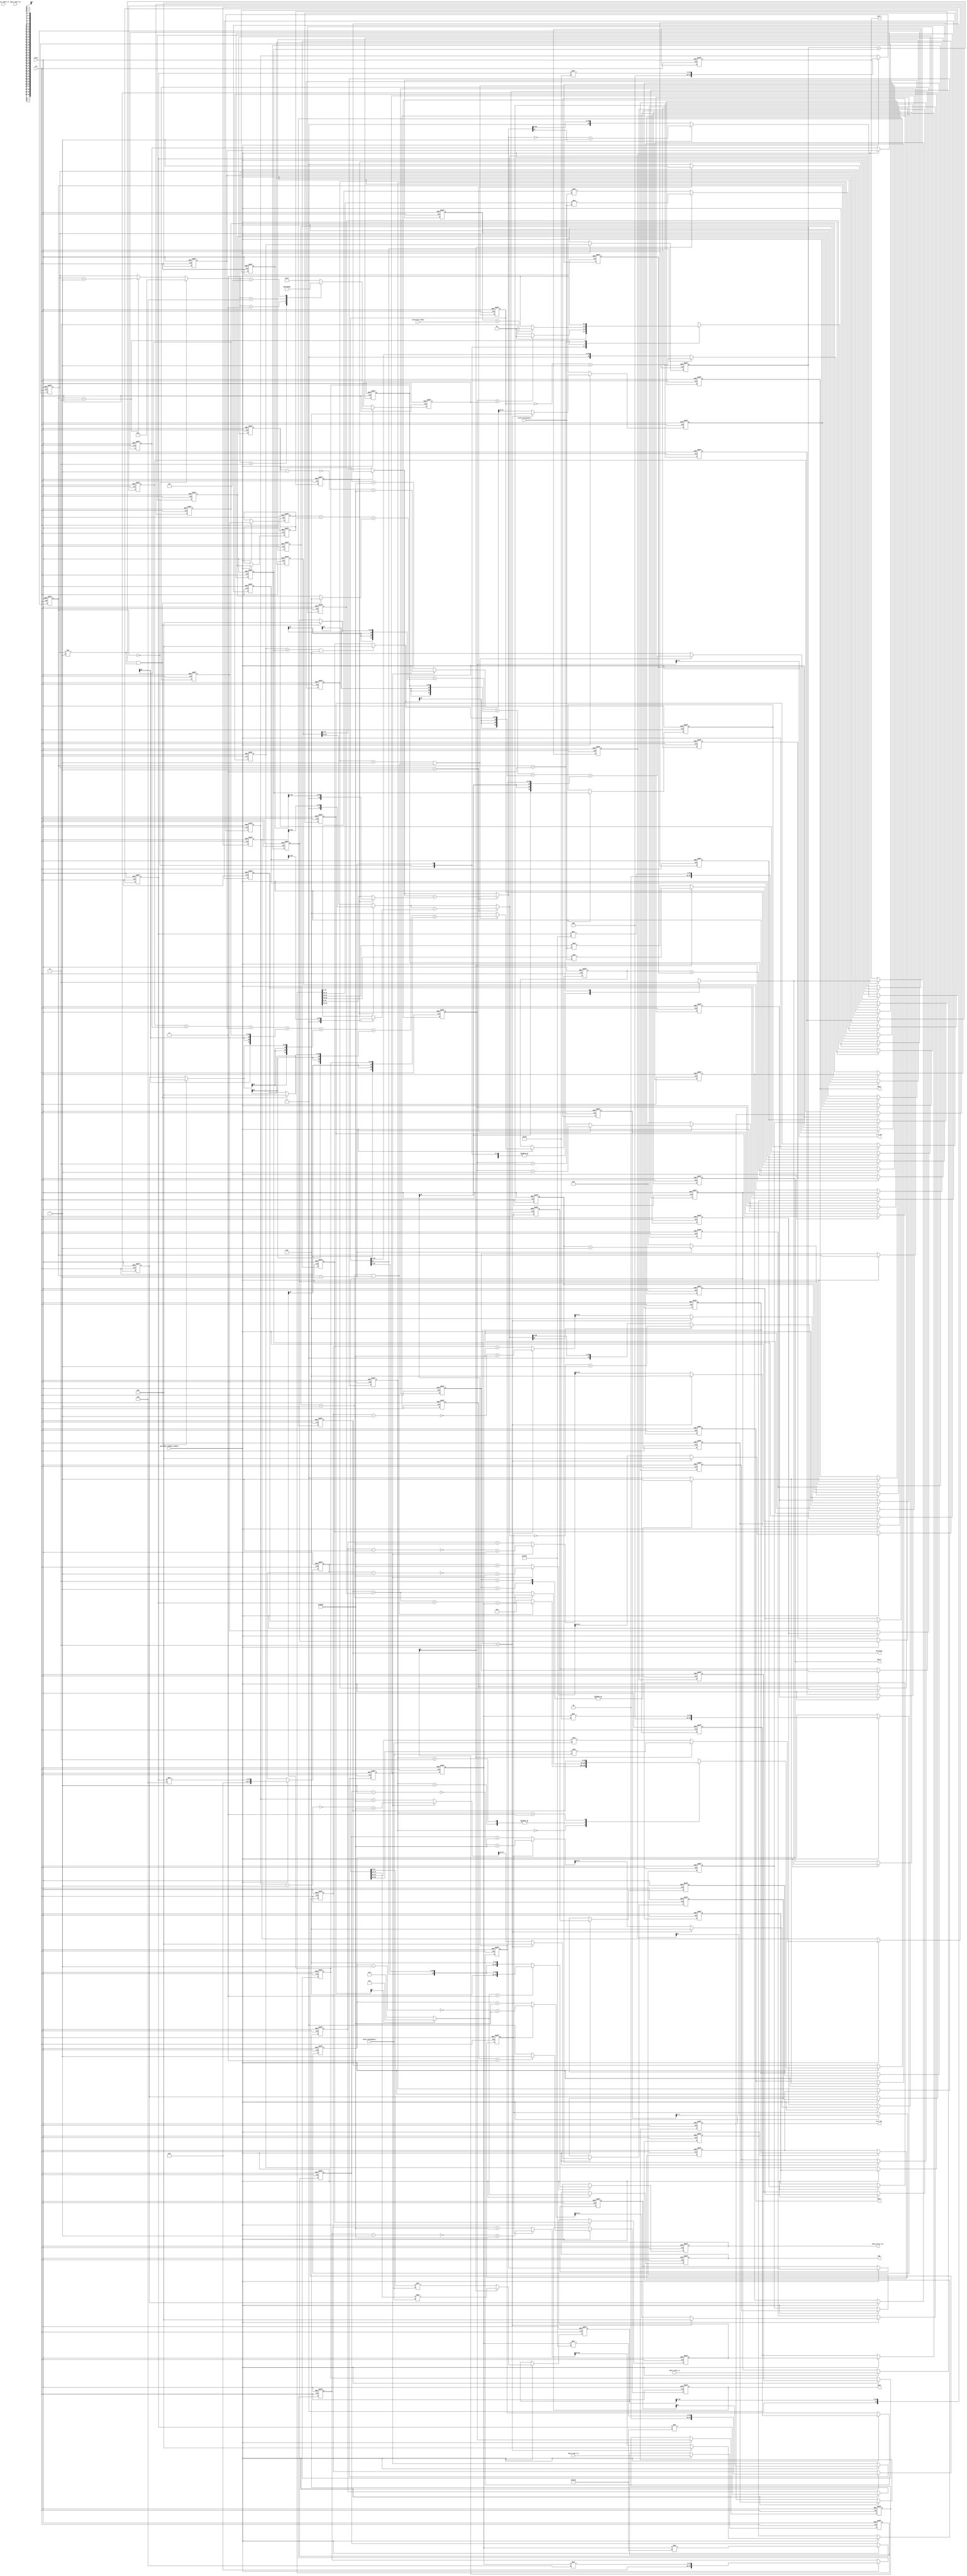
module distance_compute(clk, reset, 
                        data_read_C_A, data_read_C_B, //read candidate in
                        data_write_C_B, //write for next iteration
                        A_C_out, B_C_out, //Address out  A:read B:write for next iteration
                        CSA_C, CSB_C, 
                        data_read_T_A, data_read_T_B, //read target histogram
                        CSA_T, CSB_T, 
                        distance, distance_compute_enable, 
                        iteration_times, //iteration in
                        total_histogram_C, //sum of histogram in
                        total_histogram_T, //sum of target in
                        done, MUX
                        );
   input             clk, reset;
   input             distance_compute_enable;
   input    [2:0]    iteration_times;
   input    [63:0]   data_read_C_A, data_read_C_B;
   //input    [255:0]  flag;
   output   [3:0]    MUX;
   
   
   
   input    [63:0]   data_read_T_A, data_read_T_B;
   //input    [2:0]    size_C;//8 kinds of size: 64, 128, 256, 512, 1024, 2048, 4096, 8192
   //input    [2:0]    size_T;//8 kinds of size: 64, 128, 256, 512, 1024, 2048, 4096, 8192
   input    [19:0]   total_histogram_C, total_histogram_T;
   output   [63:0]   data_write_C_B;
   
   output   [5:0]    A_C_out, B_C_out;
   //output   [7:0]    A_T_out, B_T_out;
   output            CSA_C, CSB_C;
   output            CSA_T, CSB_T;
   
   output   [63:0]   distance;
   output            done;
   
   reg               CSA_C_w, CSA_T_w, CSB_T_w, CSB_C_w;
   reg               CSA_C_r, CSA_T_r, CSB_T_r, CSB_C_r;
   reg               done_r;
   
   wire              done_w;
   wire     [3:0]    MUX_w;
   reg      [3:0]    MUX_r;
   
   wire     [63:0]   data_write_C_B_w;
   reg      [63:0]   data_write_C_B_r;
   
   reg      [1:0]    state_r, state_w;
   reg      [1:0]    state_d_r, state_d_d_r, state_d_d_d_r, state_d_d_d_d_r, state_d_d_d_d_d_r;
   reg      [1:0]    state_d_d_d_d_d_d_r, state_d_d_d_d_d_d_d_r, state_d_d_d_d_d_d_d_d_r;
   
   reg      [6:0]    A_out_C_r;
   reg      [6:0]    A_out_C_d_r;
   wire     [6:0]    A_out_C_w;
   
   reg      [6:0]    B_out_C_r;
   wire     [6:0]    B_out_C_w;
   reg      [6:0]    B_out_C_d_r;
   reg      [6:0]    B_out_C_d_d_r;
   reg      [6:0]    B_out_C_d_d_d_r;
   reg      [6:0]    B_out_C_d_d_d_d_r;
   reg      [6:0]    B_out_C_d_d_d_d_d_r;
   reg      [6:0]    B_out_C_d_d_d_d_d_d_r;
   reg      [6:0]    B_out_C_d_d_d_d_d_d_d_r;
   reg      [6:0]    B_out_C_d_d_d_d_d_d_d_d_r;
   reg      [6:0]    B_out_C_d_d_d_d_d_d_d_d_d_r;
   reg      [6:0]    B_out_C_d_d_d_d_d_d_d_d_d_d_r;
   
   reg      [7:0]    A_out_T_r;
   wire     [7:0]    A_out_T_w;
   
   reg      [5:0]    B_out_T_r;
   wire     [5:0]    B_out_T_w;
   
   reg      [6:0]    index_w;
   reg      [6:0]    index_r;
   reg      [2:0]    iter_count_r;
   reg      [2:0]    iter_count_d_r;
   reg      [2:0]    iter_count_d_d_r;
   wire     [2:0]    iter_count_w;
   
   wire     [31:0]   normalize_C_E_w;
   wire     [31:0]   normalize_T_E_w;
   
   
   wire     [35:0]   temp_normalize_C_E_w;
   wire     [35:0]   temp_normalize_T_E_w;
   
   reg      [35:0]   temp_normalize_C_E_r;
   reg      [35:0]   temp_normalize_T_E_r;
   
   
   //wire     [2:0]    size_C_w, size_T_w;
   //reg      [2:0]    size_C_r, size_T_r;
   reg      [31:0]   exe_A2_r, exe_A1_r;
   reg      [28:0]   exe_A3_r, exe_A4_r;
   reg      [28:0]   exe_G3_r, exe_G4_r;//, exe_G1_r, exe_G2_r;
   reg      [31:0]   exe_H2_r;
   reg      [28:0]   exe_H4_r, exe_H3_r;//, exe_H1_r;
   reg      [31:0]   exe_E2_r, exe_E1_r;
   reg      [28:0]   exe_E3_r, exe_E4_r;
   reg      [31:0]   exe_F2_r, exe_F1_r;
   reg      [28:0]   exe_F3_r, exe_F4_r;
   reg      [28:0]   exe_I4_r;//, exe_I1_r, exe_I3_r, exe_I2_r;
   
   wire     [31:0]   exe_C1_w, exe_C2_w;
   wire     [28:0]   exe_C3_w, exe_C4_w;
   reg      [31:0]   exe_C1_r, exe_C2_r;
   reg      [28:0]   exe_C3_r, exe_C4_r;
   
   reg      [47:0]   temp_exe_C1_w, temp_exe_C2_w;
   reg      [44:0]   temp_exe_C3_w, temp_exe_C4_w;
   reg      [47:0]   temp_exe_C1_r, temp_exe_C2_r;
   reg      [44:0]   temp_exe_C3_r, temp_exe_C4_r;
   wire     [47:0]   temp_temp_exe_C1_w, temp_temp_exe_C2_w;
   wire     [44:0]   temp_temp_exe_C3_w, temp_temp_exe_C4_w;
   
   wire     [31:0]   difference_of_nC_nT_E;
   reg      [31:0]   difference_of_nC_nT_E_r;
   reg               Sign_difference_of_nC_nT_E_d_r;
   wire     [31:0]   abs_difference_of_nC_nT_E;
   reg      [31:0]   abs_difference_of_nC_nT_E_r;
   wire              normalize;
   reg               normalize_r, normalize_d_r;
   wire     [31:0]   add_A1_B2_D2_w;
   reg      [31:0]   add_A1_B2_D2_r;
   wire     [31:0]   down_sample_w;
   reg      [31:0]   down_sample_r;
   wire     [31:0]   abs_add_down_sample_w;
   reg      [31:0]   abs_add_down_sample_r;
   
   reg      [31:0]   add_A1_B2_D2_d_r;
   reg      [31:0]   add_A2_C2_D1_d_r;                                        
   //wire     [63:0]   abs_B2_w;
   
   wire     [31:0]   normalize_C_O_w;
   wire     [31:0]   normalize_T_O_w;
   wire     [35:0]   temp_normalize_C_O_w;
   wire     [35:0]   temp_normalize_T_O_w;
   reg      [35:0]   temp_normalize_C_O_r;
   reg      [35:0]   temp_normalize_T_O_r;
   
   
   reg      [31:0]   exe_B1_r, exe_B2_r;
   reg      [28:0]   exe_B3_r, exe_B4_r;
   wire     [31:0]   exe_D1_w, exe_D2_w;
   wire     [28:0]   exe_D3_w, exe_D4_w;
   reg      [31:0]   exe_D1_r, exe_D2_r;
   reg      [28:0]   exe_D3_r, exe_D4_r;
   reg      [47:0]   temp_exe_D1_w, temp_exe_D2_w;
   reg      [44:0]   temp_exe_D3_w, temp_exe_D4_w;
   reg      [47:0]   temp_exe_D1_r, temp_exe_D2_r;
   reg      [44:0]   temp_exe_D3_r, temp_exe_D4_r;
   wire     [47:0]   temp_temp_exe_D1_w, temp_temp_exe_D2_w;
   wire     [44:0]   temp_temp_exe_D3_w, temp_temp_exe_D4_w;
   
   wire     [31:0]   t_exe_A2_w, t_exe_H2_w, t_exe_E2_w, t_exe_F2_w, t_exe_F1_w, t_exe_E1_w;
   wire     [28:0]   t_exe_H3_w, t_exe_G3_w, t_exe_B3_w, t_exe_C4_w, t_exe_A3_w, t_exe_B4_w, t_exe_G4_w;
   
   wire     [31:0]   difference_of_nC_nT_O;
   reg      [31:0]   difference_of_nC_nT_O_r;
   reg               Sign_difference_of_nC_nT_O_d_r;
   wire     [31:0]   abs_difference_of_nC_nT_O;
   reg      [31:0]   abs_difference_of_nC_nT_O_r;
   wire     [31:0]   add_A2_C2_D1_w;
   reg      [31:0]   add_A2_C2_D1_r;
   wire     [31:0]   data_out_temp_w;
   wire              normalize_w;
   wire     [3:0]    temp_MUX;
   
   reg      [63:0]   data_read_C_A_r, data_read_T_A_r;
   reg      [63:0]   data_read_C_A_d_r;
   
   //reg      [63:0]   add_A2_B1_C2_r;
   
   
   //wire     [63:0]   abs_B2_w;
   
   reg      [63:0]   distance_r;
   reg      [63:0]   distance_w;
   
   //assign WEAN_T = 1'b1;
   //assign WEAN_C = 1'b1;
   //assign WEBN_T = 1'b1;
   //assign WEBN_C = 1'b0;  
   //assign OEA_C = 1'b1;
   //assign OEA_T = 1'b1;
   //assign OEB_C = 1'b0;
   //assign OEB_T = 1'b0;
   assign CSA_C = CSA_C_r;
   assign CSA_T = CSA_T_r;
   assign CSB_T = CSB_T_r;
   assign CSB_C = CSB_C_r;
   
   assign temp_MUX = (B_out_C_d_d_d_d_d_d_d_d_d_r[0] == 1'b0) ? 4'b0011 : 4'b1100;
   assign MUX_w = temp_MUX;
   assign MUX = MUX_r;

//normalize   
   assign normalize_C_E_w = (normalize == 1'b1)? ({1'b0,temp_normalize_C_E_r[35:5]}) : data_read_C_A_d_r[31:0];                //No negative in first read (without normalize)
   assign normalize_C_O_w = (normalize == 1'b1)? ({1'b0,temp_normalize_C_O_r[35:5]}) : data_read_C_A_d_r[63:32];
   assign normalize_T_E_w = (normalize == 1'b1)? ({1'b0,temp_normalize_T_E_r[35:5]}) : data_read_T_A_r[31:0];
   assign normalize_T_O_w = (normalize == 1'b1)? ({1'b0,temp_normalize_T_O_r[35:5]}) : data_read_T_A_r[63:32];
   assign temp_normalize_C_E_w = (A_out_C_d_r[0] == 1'b0) ? (data_read_C_A_r[15:0] * total_histogram_T ): (data_read_C_A_r[47:32] * total_histogram_T);   //candidate * total target
   assign temp_normalize_C_O_w = (A_out_C_d_r[0] == 1'b0) ? (data_read_C_A_r[31:16] * total_histogram_T) :( data_read_C_A_r[63:48] * total_histogram_T);
   assign temp_normalize_T_E_w = (A_out_C_d_r[0] == 1'b0) ? (data_read_T_A_r[15:0] * total_histogram_C ): (data_read_T_A_r[47:32] * total_histogram_C);   //target * total candidate
   assign temp_normalize_T_O_w = (A_out_C_d_r[0] == 1'b0) ? (data_read_T_A_r[31:16] * total_histogram_C) :( data_read_T_A_r[63:48] * total_histogram_C);
   
   
   assign normalize = normalize_r;
   assign normalize_w = (iter_count_r == 3'd1) ? 1'd1 : 1'd0;
   assign distance = distance_r;
   assign done = done_r;
   assign abs_difference_of_nC_nT_E = (difference_of_nC_nT_E[31] == 1'b0) ? difference_of_nC_nT_E : (~difference_of_nC_nT_E + 32'd1);
   assign difference_of_nC_nT_E = (iter_count_r == 3'd1) ? normalize_C_E_w - normalize_T_E_w : normalize_C_E_w;

//@shift register   
   assign exe_C1_w = (state_d_d_d_d_r == 2'd2)?32'd0:temp_temp_exe_C1_w[47:16];    
   assign exe_C2_w = (state_d_d_d_d_r == 2'd2)?32'd0:temp_temp_exe_C2_w[47:16];    
   assign exe_C3_w = (state_d_d_d_d_r == 2'd2)?29'd0:temp_temp_exe_C3_w[44:16];    
   assign exe_C4_w = (state_d_d_d_d_r == 2'd2)?29'd0:temp_temp_exe_C4_w[44:16];  
   assign temp_temp_exe_C1_w = ((Sign_difference_of_nC_nT_E_d_r == 1'b0) ? temp_exe_C1_r + 48'h8000 : (~(temp_exe_C1_r-48'd1)+48'h8000));// + 16'h8000;
   assign temp_temp_exe_C2_w = ((Sign_difference_of_nC_nT_E_d_r == 1'b0) ? temp_exe_C2_r + 48'h8000 : (~(temp_exe_C2_r-48'd1)+48'h8000));// + 16'h8000;
   assign temp_temp_exe_C3_w = ((Sign_difference_of_nC_nT_E_d_r == 1'b0) ? temp_exe_C3_r + 45'h8000 : (~(temp_exe_C3_r-45'd1)+45'h8000 ));// + 16'h8000;
   assign temp_temp_exe_C4_w = ((Sign_difference_of_nC_nT_E_d_r == 1'b0) ? temp_exe_C4_r + 45'h8000 : (~(temp_exe_C4_r-45'd1)+45'h8000 ));// + 16'h8000;
   
   assign abs_difference_of_nC_nT_O = (difference_of_nC_nT_O[31] == 1'b0) ? difference_of_nC_nT_O : (~difference_of_nC_nT_O + 32'd1);
   assign difference_of_nC_nT_O = (iter_count_r == 3'd1) ? normalize_C_O_w - normalize_T_O_w : normalize_C_O_w;
   assign exe_D1_w = (state_d_d_d_d_r == 2'd2)?32'd0:temp_temp_exe_D1_w[47:16];    
   assign exe_D2_w = (state_d_d_d_d_r == 2'd2)?32'd0:temp_temp_exe_D2_w[47:16];    
   assign exe_D3_w = (state_d_d_d_d_r == 2'd2)?29'd0:temp_temp_exe_D3_w[44:16];    
   assign exe_D4_w = (state_d_d_d_d_r == 2'd2)?29'd0:temp_temp_exe_D4_w[44:16];    
   assign temp_temp_exe_D1_w = ((Sign_difference_of_nC_nT_O_d_r == 1'b0) ? temp_exe_D1_r  + 48'h8000: (~(temp_exe_D1_r-48'd1)+48'h8000));// + 16'h8000;
   assign temp_temp_exe_D2_w = ((Sign_difference_of_nC_nT_O_d_r == 1'b0) ? temp_exe_D2_r  + 48'h8000: (~(temp_exe_D2_r-48'd1)+48'h8000));// + 16'h8000;
   assign temp_temp_exe_D3_w = ((Sign_difference_of_nC_nT_O_d_r == 1'b0) ? temp_exe_D3_r  + 45'h8000:(~(temp_exe_D3_r-45'd1)+45'h8000 ));// + 16'h8000;
   assign temp_temp_exe_D4_w = ((Sign_difference_of_nC_nT_O_d_r == 1'b0) ? temp_exe_D4_r  + 45'h8000:(~(temp_exe_D4_r-45'd1)+45'h8000 ));// + 16'h8000;
   
   assign A_out_C_w = (state_r == 2'b1) ? (iter_count_r == 3'd1 ? (A_out_C_r + 7'd1) : (A_out_C_r + 7'd2)) : 7'd0;    
   assign B_out_C_w = (state_r == 2'b1) ? (B_out_C_r + 7'd1) : 7'd0;    
       
   assign A_C_out = A_out_C_r[6:1];
   assign B_C_out = B_out_C_d_d_d_d_d_d_d_d_d_d_r[6:1];//delay register
           
   //assign size_C_w = (state_r == 2'b0) ? size_C : ((state_r == 2'd2) ? 3'd0 : size_C_r);
   //assign size_T_w = (state_r == 2'b0) ? size_T : ((state_r == 2'd2) ? 3'd0 : size_T_r);
   
//Shift RegisterB
//oFhandlebiteration  W@iterationXaddressP{biterationnvT   
   assign t_exe_C4_w = (B_out_C_d_d_d_d_d_r < B_out_C_d_d_d_d_d_d_d_r   && iter_count_r != 3'd1)? 29'd0 : exe_C4_r;
   assign t_exe_A2_w = (B_out_C_d_d_d_d_d_d_r < B_out_C_d_d_d_d_d_d_d_r && iter_count_r != 3'd1)? 32'd0 : exe_A2_r;
   assign t_exe_A3_w = (B_out_C_d_d_d_d_d_d_r < B_out_C_d_d_d_d_d_d_d_r && iter_count_r != 3'd1)? 29'd0 : exe_A3_r;
   assign t_exe_E2_w = exe_E2_r;
   assign t_exe_E1_w = exe_E1_r;
   assign t_exe_G3_w = exe_G3_r;
   assign t_exe_G4_w = exe_G4_r;
   
   assign t_exe_B3_w = (B_out_C_d_d_d_d_d_d_r < B_out_C_d_d_d_d_d_d_d_r && iter_count_r != 3'd1)? 29'd0 : exe_B3_r;
   assign t_exe_B4_w = (B_out_C_d_d_d_d_d_d_r < B_out_C_d_d_d_d_d_d_d_r && iter_count_r != 3'd1)? 29'd0 : exe_B4_r;
   assign t_exe_F2_w = exe_F2_r;                          
   assign t_exe_F1_w = exe_F1_r;
   assign t_exe_H2_w = exe_H2_r;
   assign t_exe_H3_w = exe_H3_r;
   
   
   assign add_A1_B2_D2_w = (state_d_d_d_d_d_d_d_r == 2'd1 || (iter_count_d_d_r == 3'd1 && state_r == 2'd1) ) ? ({{2{t_exe_E1_w[31]}}, t_exe_E1_w} + {{2{t_exe_H2_w[31]}}, t_exe_H2_w} + {{2{t_exe_F2_w[31]}}, t_exe_F2_w} + {{3{t_exe_G3_w[28]}}, t_exe_G3_w} + {{3{t_exe_A3_w[28]}}, t_exe_A3_w} + {{3{t_exe_B4_w[28]}}, t_exe_B4_w} + {{3{  exe_I4_r[28]}},   exe_I4_r}) : 32'd0;
   assign add_A2_C2_D1_w = (state_d_d_d_d_d_d_d_r == 2'd1 || (iter_count_d_d_r == 3'd1 && state_r == 2'd1)) ?  ({{2{t_exe_F1_w[31]}}, t_exe_F1_w} + {{2{t_exe_E2_w[31]}}, t_exe_E2_w} + {{2{t_exe_A2_w[31]}}, t_exe_A2_w} + {{3{t_exe_B3_w[28]}}, t_exe_B3_w} + {{3{t_exe_H3_w[28]}}, t_exe_H3_w} + {{3{t_exe_C4_w[28]}}, t_exe_C4_w} + {{3{t_exe_G4_w[28]}}, t_exe_G4_w}) : 32'd0;
   assign down_sample_w =  (add_A1_B2_D2_r + add_A2_C2_D1_r);
   
   assign data_out_temp_w = {{1{down_sample_r[31]}}, down_sample_r[31:1]};
   assign abs_add_down_sample_w = (data_out_temp_w[31] == 1'b0) ? down_sample_r: (~down_sample_r + 32'd1);
   assign data_write_C_B_w = (temp_MUX == 4'b0011)?({32'd0, data_out_temp_w}) : ({data_out_temp_w, 32'd0});
   assign data_write_C_B = data_write_C_B_r;
   
   //assign data_write_C_B = {{1{down_sample_w[63]}}, down_sample_w[63:1]};
   //assign abs_add_down_sample_w = (data_write_C_B[63] == 1'b0) ? data_write_C_B : (~data_write_C_B + 64'd1);
   //assign abs_B2_w = (exe_B2_r[63] == 1'b0) ? exe_B2_r : (~exe_B2_r + 64'd1);
   //assign abs_B2_w = (exe_B2_r[63] == 1'b0) ? exe_B2_r : (~exe_B2_r + 64'd1);
   
   assign done_w = (state_d_d_d_d_d_d_d_d_r == 2'd3) ? 1'b1 : 1'b0;
   assign iter_count_w = (state_r == 2'b0) ? 3'd1 : ( (state_r == 2'd2) ? iter_count_r + 3'd1 : iter_count_r );

//Citerationn]P   
   always@(*)
   begin
      case(iter_count_w)
         3'd1: index_w = 7'd127;
         3'd2: index_w = 7'd126;
         3'd3: index_w = 7'd62;
         3'd4: index_w = 7'd30;
         3'd5: index_w = 7'd14;
         
         default:index_w = 7'd127;
      endcase
   
   end
   
   always@(*)
   begin
      case(state_r)
         2'd0:
         begin
            CSA_C_w = 1'b1;
            CSA_T_w = 1'b1;
         end       
         2'd1:     
         begin     
            CSA_C_w = 1'b1;
            CSA_T_w = 1'b1;
         end       
         2'd2:     
         begin     
            CSA_C_w = 1'b1;
            CSA_T_w = 1'b1;
         end       
         2'd3:     
         begin     
            CSA_C_w = 1'b0;
            CSA_T_w = 1'b0;
         end
         default:
         begin
            CSA_C_w = 1'b0;
            CSA_T_w = 1'b0;
         end
      endcase   
   
   end
   
   always@(*)
   begin
      case(state_d_r)
         2'd0:
         begin
            CSB_C_w = 1'b0;
            CSB_T_w = 1'b0;
         end
         2'd1:
         begin
            CSB_C_w = 1'b1;
            CSB_T_w = 1'b1;
         end
         2'd2:
         begin
            CSB_C_w = 1'b1;
            CSB_T_w = 1'b1;
         end
         default:
         begin
            CSB_C_w = 1'b0;
            CSB_T_w = 1'b0;
         end
      endcase   
   
   end
   
//pdistanceAu@iterationn[Sishift register  ]NOnormalize   
   always@(*)
      case(state_d_d_d_d_d_d_r)
         2'd0:
            if(iter_count_d_d_r == 3'd1 && state_r == 2'd1)distance_w = distance_r + {32'd0,abs_add_down_sample_r} + {32'd0,abs_difference_of_nC_nT_E_r} + {32'd0,abs_difference_of_nC_nT_O_r};
            else distance_w = 64'd0;
         2'd1:
            
               if(iter_count_d_d_r == 3'd1)distance_w = distance_r + {32'd0,abs_add_down_sample_r} + {32'd0,abs_difference_of_nC_nT_E_r} + {32'd0,abs_difference_of_nC_nT_O_r};
               else distance_w = distance_r + {32'd0, abs_add_down_sample_r};
            //else distance_w = distance_r;
         2'd2:
            if(iter_count_d_d_r == 3'd1)distance_w = distance_r + {32'd0, abs_add_down_sample_r} + {32'd0, abs_difference_of_nC_nT_E_r} + {32'd0, abs_difference_of_nC_nT_O_r};
            else distance_w = distance_r + {32'd0, abs_add_down_sample_r};
         2'd3:
            distance_w = distance_r;
         default:
            distance_w = distance_r;
      endcase
/*   
   always@(*)
   begin
      if(normalize)
      begin
         case(size_C_r)
            3'd0: normalize_C_E_w = {{6{data_read_C_A_E[63]}},data_read_C_A_E[63:6]};
            3'd1: normalize_C_E_w = {{7{data_read_C_A_E[63]}},data_read_C_A_E[63:7]};
            3'd2: normalize_C_E_w = {{8{data_read_C_A_E[63]}},data_read_C_A_E[63:8]};
            3'd3: normalize_C_E_w = {{9{data_read_C_A_E[63]}},data_read_C_A_E[63:9]};
            3'd4: normalize_C_E_w = {{10{data_read_C_A_E[63]}},data_read_C_A_E[63:10]};
            3'd5: normalize_C_E_w = {{11{data_read_C_A_E[63]}},data_read_C_A_E[63:11]};
            3'd6: normalize_C_E_w = {{12{data_read_C_A_E[63]}},data_read_C_A_E[63:12]};
            3'd7: normalize_C_E_w = {{13{data_read_C_A_E[63]}},data_read_C_A_E[63:13]};
         endcase
      end
      else
         normalize_C_E_w = data_read_C_A_E;
   
   end
   
   always@(*)
   begin
      if(normalize)
      begin
         case(size_C_r)
            3'd0: normalize_C_O_w = {{6{data_read_C_A_O[63]}},data_read_C_A_O[63:6]};
            3'd1: normalize_C_O_w = {{7{data_read_C_A_O[63]}},data_read_C_A_O[63:7]};
            3'd2: normalize_C_O_w = {{8{data_read_C_A_O[63]}},data_read_C_A_O[63:8]};
            3'd3: normalize_C_O_w = {{9{data_read_C_A_O[63]}},data_read_C_A_O[63:9]};
            3'd4: normalize_C_O_w = {{10{data_read_C_A_O[63]}},data_read_C_A_O[63:10]};
            3'd5: normalize_C_O_w = {{11{data_read_C_A_O[63]}},data_read_C_A_O[63:11]};
            3'd6: normalize_C_O_w = {{12{data_read_C_A_O[63]}},data_read_C_A_O[63:12]};
            3'd7: normalize_C_O_w = {{13{data_read_C_A_O[63]}},data_read_C_A_O[63:13]};
         endcase
      end
      else
         normalize_C_O_w = data_read_C_A_O;
   
   end
  
   always@(*)
   begin
      if(normalize)
      begin
         case(size_T_r)
            3'd0: normalize_T_E_w = {{6{data_read_T_A_E[63]}},data_read_T_A_E[63:6]};
            3'd1: normalize_T_E_w = {{7{data_read_T_A_E[63]}},data_read_T_A_E[63:7]};
            3'd2: normalize_T_E_w = {{8{data_read_T_A_E[63]}},data_read_T_A_E[63:8]};
            3'd3: normalize_T_E_w = {{9{data_read_T_A_E[63]}},data_read_T_A_E[63:9]};
            3'd4: normalize_T_E_w = {{10{data_read_T_A_E[63]}},data_read_T_A_E[63:10]};
            3'd5: normalize_T_E_w = {{11{data_read_T_A_E[63]}},data_read_T_A_E[63:11]};
            3'd6: normalize_T_E_w = {{12{data_read_T_A_E[63]}},data_read_T_A_E[63:12]};
            3'd7: normalize_T_E_w = {{13{data_read_T_A_E[63]}},data_read_T_A_E[63:13]};
         endcase
      end
      else
         normalize_T_E_w = data_read_T_A_E;
   
   end
   
   always@(*)
   begin
      if(normalize)
      begin
         case(size_T_r)
            3'd0: normalize_T_O_w = {{6{data_read_T_A_O[63]}},data_read_T_A_O[63:6]};
            3'd1: normalize_T_O_w = {{7{data_read_T_A_O[63]}},data_read_T_A_O[63:7]};
            3'd2: normalize_T_O_w = {{8{data_read_T_A_O[63]}},data_read_T_A_O[63:8]};
            3'd3: normalize_T_O_w = {{9{data_read_T_A_O[63]}},data_read_T_A_O[63:9]};
            3'd4: normalize_T_O_w = {{10{data_read_T_A_O[63]}},data_read_T_A_O[63:10]};
            3'd5: normalize_T_O_w = {{11{data_read_T_A_O[63]}},data_read_T_A_O[63:11]};
            3'd6: normalize_T_O_w = {{12{data_read_T_A_O[63]}},data_read_T_A_O[63:12]};
            3'd7: normalize_T_O_w = {{13{data_read_T_A_O[63]}},data_read_T_A_O[63:13]};
         endcase
      end
      else
         normalize_T_O_w = data_read_T_A_O;
   
   end
  */
  
   //Y  FhAoOn
  
   always@(*)
   begin
      temp_exe_C1_w = abs_difference_of_nC_nT_E_r * 16'h91e6;
      temp_exe_C2_w = abs_difference_of_nC_nT_E_r * 16'h3497;
      temp_exe_C3_w = abs_difference_of_nC_nT_E_r * 13'h276;
		temp_exe_C4_w = abs_difference_of_nC_nT_E_r * 13'h4;
   /*
      case(iter_count_d_d_r)
         3'd0:
         begin
            temp_exe_C1_w = abs_difference_of_nC_nT_E_r * 14'h3311;
            temp_exe_C2_w = abs_difference_of_nC_nT_E_r * 14'h2d10;
            temp_exe_C3_w = abs_difference_of_nC_nT_E_r * 13'h1ef9;
            temp_exe_C4_w = abs_difference_of_nC_nT_E_r * 13'h1094;
         end
         3'd1:
         begin
            temp_exe_C1_w = abs_difference_of_nC_nT_E_r * 14'h3311;
            temp_exe_C2_w = abs_difference_of_nC_nT_E_r * 14'h2d10;
            temp_exe_C3_w = abs_difference_of_nC_nT_E_r * 13'h1ef9;
            temp_exe_C4_w = abs_difference_of_nC_nT_E_r * 13'h1094;
         end
         3'd2:
         begin
            temp_exe_C1_w = abs_difference_of_nC_nT_E_r * 14'h220b;
            temp_exe_C2_w = abs_difference_of_nC_nT_E_r * 14'h2034;
            temp_exe_C3_w = abs_difference_of_nC_nT_E_r * 13'h1b42;
            temp_exe_C4_w = abs_difference_of_nC_nT_E_r * 13'h14a6;
         end
         3'd3:
         begin
            temp_exe_C1_w = abs_difference_of_nC_nT_E_r * 14'h1988;
            temp_exe_C2_w = abs_difference_of_nC_nT_E_r * 14'h18bf;
            temp_exe_C3_w = abs_difference_of_nC_nT_E_r * 13'h1688;
            temp_exe_C4_w = abs_difference_of_nC_nT_E_r * 13'h1346;
         end
         3'd4:
         begin
            temp_exe_C1_w = abs_difference_of_nC_nT_E_r * 14'h146d;
            temp_exe_C2_w = abs_difference_of_nC_nT_E_r * 14'h1405;
            temp_exe_C3_w = abs_difference_of_nC_nT_E_r * 13'h12db;
            temp_exe_C4_w = abs_difference_of_nC_nT_E_r * 13'h110f;
         end
         default:
         begin
            temp_exe_C1_w = abs_difference_of_nC_nT_E_r * 14'h3311;
            temp_exe_C2_w = abs_difference_of_nC_nT_E_r * 14'h2d10;
            temp_exe_C3_w = abs_difference_of_nC_nT_E_r * 13'h1ef9;
            temp_exe_C4_w = abs_difference_of_nC_nT_E_r * 13'h1094;
         end         
         
      endcase
      */
   end
   
   
   always@(*)
   begin
      temp_exe_D1_w = abs_difference_of_nC_nT_O_r * 16'h91e6;
      temp_exe_D2_w = abs_difference_of_nC_nT_O_r * 16'h3497;
      temp_exe_D3_w = abs_difference_of_nC_nT_O_r * 13'h276;
		temp_exe_D4_w = abs_difference_of_nC_nT_O_r * 13'h4;
   
   /*
      case(iter_count_d_d_r)
         3'd0:
         begin
            temp_exe_D1_w = abs_difference_of_nC_nT_O_r * 14'h3311;
            temp_exe_D2_w = abs_difference_of_nC_nT_O_r * 14'h2d10;
            temp_exe_D3_w = abs_difference_of_nC_nT_O_r * 13'h1ef9;
            temp_exe_D4_w = abs_difference_of_nC_nT_O_r * 13'h1094;
         end                                                      
         3'd1:                                                    
         begin                                                    
            temp_exe_D1_w = abs_difference_of_nC_nT_O_r * 14'h3311;
            temp_exe_D2_w = abs_difference_of_nC_nT_O_r * 14'h2d10;
            temp_exe_D3_w = abs_difference_of_nC_nT_O_r * 13'h1ef9;
            temp_exe_D4_w = abs_difference_of_nC_nT_O_r * 13'h1094;
         end                                                      
         3'd2:                                                    
         begin                                                    
            temp_exe_D1_w = abs_difference_of_nC_nT_O_r * 14'h220b;
            temp_exe_D2_w = abs_difference_of_nC_nT_O_r * 14'h2034;
            temp_exe_D3_w = abs_difference_of_nC_nT_O_r * 13'h1b42;
            temp_exe_D4_w = abs_difference_of_nC_nT_O_r * 13'h14a6;
         end                                                      
         3'd3:                                                    
         begin                                                    
            temp_exe_D1_w = abs_difference_of_nC_nT_O_r * 14'h1988;
            temp_exe_D2_w = abs_difference_of_nC_nT_O_r * 14'h18bf;
            temp_exe_D3_w = abs_difference_of_nC_nT_O_r * 13'h1688;
            temp_exe_D4_w = abs_difference_of_nC_nT_O_r * 13'h1346;
         end                                                      
         3'd4:                                                    
         begin                                                    
            temp_exe_D1_w = abs_difference_of_nC_nT_O_r * 14'h146d;
            temp_exe_D2_w = abs_difference_of_nC_nT_O_r * 14'h1405;
            temp_exe_D3_w = abs_difference_of_nC_nT_O_r * 13'h12db;
            temp_exe_D4_w = abs_difference_of_nC_nT_O_r * 13'h110f;
         end                                                      
         default:                                                 
         begin                                                    
            temp_exe_D1_w = abs_difference_of_nC_nT_O_r * 14'h3311;
            temp_exe_D2_w = abs_difference_of_nC_nT_O_r * 14'h2d10;
            temp_exe_D3_w = abs_difference_of_nC_nT_O_r * 13'h1ef9;
            temp_exe_D4_w = abs_difference_of_nC_nT_O_r * 13'h1094;
         end         
      endcase
      
      */
   end
   
   always@(*)
   begin
      case(state_r)
         2'd0:
            if(distance_compute_enable) state_w = 2'd1;
            else state_w = 2'd0;
         2'd1:
            if(A_out_C_r[6:0] < index_r) state_w = 2'd1;
            else state_w = 2'd2;
         2'd2:
            if(iter_count_d_r < iteration_times) state_w = 2'd1;
            else state_w = 2'd3;
         2'd3:
            state_w = 2'd3;
         default:
            state_w = 2'd0;
      endcase
   end
   
//   wire gclk = clk & distance_compute_enable;
   always@(posedge clk or posedge reset)
   begin
      if(reset)
      begin
         A_out_C_r <= 7'd0;
         A_out_C_d_r <= 7'd0;
         B_out_C_r <= 7'd0;
         B_out_C_d_r <= 7'd0;
         B_out_C_d_d_r <= 7'd0;
         B_out_C_d_d_d_r <= 7'd0;
         B_out_C_d_d_d_d_r <= 7'd0;
         B_out_C_d_d_d_d_d_r <= 7'd0;
         B_out_C_d_d_d_d_d_d_r <= 7'd0;
         B_out_C_d_d_d_d_d_d_d_r <= 7'd0;
         B_out_C_d_d_d_d_d_d_d_d_r <= 7'd0;
         B_out_C_d_d_d_d_d_d_d_d_d_r <= 7'd0;
         B_out_C_d_d_d_d_d_d_d_d_d_d_r <= 7'd0;
         state_r <= 2'd0;
         index_r <= 7'd127;
         iter_count_r <= 3'd1;
         iter_count_d_r <= 3'd1;
         iter_count_d_d_r <= 3'd1;
         //size_C_r <= 3'd0;
         //size_T_r <= 3'd0;
         exe_A2_r <= 32'd0;
         exe_B2_r <= 32'd0;
         exe_B3_r <= 29'd0;
         exe_B1_r <= 32'd0;
         exe_A3_r <= 29'd0;
         exe_A1_r <= 32'd0;
         
         exe_B4_r <= 29'd0;
         exe_A4_r <= 29'd0;
         exe_F4_r <= 29'd0;
         exe_E4_r <= 29'd0;
         //exe_G1_r <= 32'd0;
         //exe_G2_r <= 32'd0;
         exe_G3_r <= 29'd0;
         exe_G4_r <= 29'd0;
         //exe_H1_r <= 32'd0;
         exe_H2_r <= 32'd0;
         exe_H3_r <= 29'd0;
         exe_H4_r <= 29'd0;
         //exe_I1_r <= 32'd0;
         //exe_I2_r <= 32'd0;
         //exe_I3_r <= 32'd0;
         exe_I4_r <= 29'd0;
         
         exe_F1_r <= 32'd0;
         exe_F2_r <= 32'd0;
         exe_F3_r <= 29'd0;
         exe_E1_r <= 32'd0;
         exe_E2_r <= 32'd0;
         exe_E3_r <= 29'd0;
         
         //add_A2_B1_C2_r <= 64'd0;
         done_r <= 1'b0;
         distance_r <= 64'd0;
         state_d_r <= 2'd0;
         state_d_d_r <= 2'd0;
         state_d_d_d_r <= 2'd0;
         state_d_d_d_d_r <= 2'd0;
         state_d_d_d_d_d_r <= 2'd0;
         state_d_d_d_d_d_d_r <= 2'd0;
         state_d_d_d_d_d_d_d_r <= 2'd0;
         state_d_d_d_d_d_d_d_d_r <= 2'd0;
         normalize_r <= 1'b0;
         normalize_d_r <= 1'b0;
         data_read_C_A_r <= 64'd0;
         data_read_C_A_d_r <= 64'd0;
         data_read_T_A_r <= 64'd0;
         temp_normalize_C_O_r <= 36'd0;
         temp_normalize_C_E_r <= 36'd0;
         temp_normalize_T_O_r <= 36'd0;
         temp_normalize_T_E_r <= 36'd0;
         add_A1_B2_D2_r <= 32'd0;
         add_A2_C2_D1_r <= 32'd0;
         add_A1_B2_D2_d_r <= 32'd0;
         add_A2_C2_D1_d_r <= 32'd0;
         exe_C4_r <= 29'd0;
         exe_C3_r <= 29'd0;
         exe_C2_r <= 32'd0; 
         exe_C1_r <= 32'd0;
         exe_D4_r <= 29'd0;
         exe_D3_r <= 29'd0;
         exe_D2_r <= 32'd0; 
         exe_D1_r <= 32'd0;
         temp_exe_C1_r <= 46'd0;
         temp_exe_C2_r <= 46'd0;
         temp_exe_C3_r <= 45'd0;
         temp_exe_C4_r <= 45'd0;
         temp_exe_D1_r <= 46'd0;
         temp_exe_D2_r <= 46'd0;
         temp_exe_D3_r <= 45'd0;
         temp_exe_D4_r <= 45'd0;
         difference_of_nC_nT_O_r <= 32'd0;
         difference_of_nC_nT_E_r <= 32'd0;
         abs_difference_of_nC_nT_E_r <= 32'd0;
         abs_difference_of_nC_nT_O_r <= 32'd0;
         down_sample_r <= 32'd0;
         Sign_difference_of_nC_nT_O_d_r <= 1'b0;
         Sign_difference_of_nC_nT_E_d_r <= 1'b0;
         CSA_C_r <= 1'd0;
         CSA_T_r <= 1'd0;
         CSB_T_r <= 1'd0;
         CSB_C_r <= 1'd0;
         data_write_C_B_r <= 64'd0;
         MUX_r <= 4'd0;
         abs_add_down_sample_r <= 32'd0;
      end
      else if(distance_compute_enable)
      begin
         A_out_C_r <= A_out_C_w;
         A_out_C_d_r <= A_out_C_r;
         B_out_C_r <= B_out_C_w;
         B_out_C_d_r <= B_out_C_r;
         B_out_C_d_d_r <= B_out_C_d_r;
         B_out_C_d_d_d_r <= B_out_C_d_d_r;
         B_out_C_d_d_d_d_r <= B_out_C_d_d_d_r;
         B_out_C_d_d_d_d_d_r <= B_out_C_d_d_d_d_r;
         B_out_C_d_d_d_d_d_d_r <= B_out_C_d_d_d_d_d_r;
         B_out_C_d_d_d_d_d_d_d_r <= B_out_C_d_d_d_d_d_d_r;
         B_out_C_d_d_d_d_d_d_d_d_r <= B_out_C_d_d_d_d_d_d_d_r;
         B_out_C_d_d_d_d_d_d_d_d_d_r <= B_out_C_d_d_d_d_d_d_d_d_r;
         B_out_C_d_d_d_d_d_d_d_d_d_d_r <= B_out_C_d_d_d_d_d_d_d_d_d_r;
         state_r <= state_w;
         index_r <= index_w;
         iter_count_r <= iter_count_w;
         iter_count_d_r <= iter_count_r;
         iter_count_d_d_r <= iter_count_d_r;
         //size_C_r <= size_C_w;
         //size_T_r <= size_T_w;
         exe_E3_r <= exe_A3_r;
         exe_E2_r <= exe_A2_r;
         exe_E1_r <= exe_A1_r;
         exe_A3_r <= exe_C3_r;
         exe_A2_r <= exe_C2_r;
         exe_A1_r <= exe_C1_r;
         exe_B3_r <= exe_D3_r;
         exe_B2_r <= exe_D2_r;
         exe_B1_r <= exe_D1_r;
         exe_F1_r <= exe_B1_r;
         exe_F2_r <= exe_B2_r;
         exe_F3_r <= exe_B3_r;
         
         exe_B4_r <= exe_D4_r;
         exe_A4_r <= exe_C4_r;
         exe_F4_r <= exe_B4_r;
         exe_E4_r <= exe_A4_r;
         //exe_G1_r <= exe_E1_r;
         //exe_G2_r <= exe_E2_r;
         exe_G3_r <= exe_E3_r;
         exe_G4_r <= exe_E4_r;
         //exe_H1_r <= exe_F1_r;
         exe_H2_r <= exe_F2_r;
         exe_H3_r <= exe_F3_r;
         exe_H4_r <= exe_F4_r;
         //exe_I1_r <= exe_H1_r;
         //exe_I2_r <= exe_H2_r;
         //exe_I3_r <= exe_H3_r;
         exe_I4_r <= exe_H4_r;
         
         exe_C4_r <= exe_C4_w;
         exe_C3_r <= exe_C3_w;
         exe_C2_r <= exe_C2_w; 
         exe_C1_r <= exe_C1_w;
         exe_D4_r <= exe_D4_w;
         exe_D3_r <= exe_D3_w;
         exe_D2_r <= exe_D2_w; 
         exe_D1_r <= exe_D1_w;
         
         
         
         //add_A2_B1_C2_r <= add_A2_B1_C2_w;
         done_r <= done_w;
         distance_r <= distance_w;
         state_d_r <= state_r;
         state_d_d_r <= state_d_r;
         state_d_d_d_r <= state_d_d_r;
         state_d_d_d_d_r <= state_d_d_d_r;
         state_d_d_d_d_d_r <= state_d_d_d_d_r;
         state_d_d_d_d_d_d_r <= state_d_d_d_d_d_r;
         state_d_d_d_d_d_d_d_r <= state_d_d_d_d_d_d_r;
         state_d_d_d_d_d_d_d_d_r <= state_d_d_d_d_d_d_d_r;
         normalize_r <= normalize_w;
         normalize_d_r <= normalize_r;
         data_read_C_A_r <= data_read_C_A;
         data_read_C_A_d_r <= data_read_C_A_r;
         data_read_T_A_r <= data_read_T_A;
         temp_normalize_C_O_r <= temp_normalize_C_O_w;
         temp_normalize_C_E_r <= temp_normalize_C_E_w;
         temp_normalize_T_O_r <= temp_normalize_T_O_w;
         temp_normalize_T_E_r <= temp_normalize_T_E_w;
         add_A1_B2_D2_r <= add_A1_B2_D2_w;
         add_A2_C2_D1_r <= add_A2_C2_D1_w;
         add_A1_B2_D2_d_r <= add_A1_B2_D2_r;
         add_A2_C2_D1_d_r <= add_A2_C2_D1_r;
         temp_exe_C1_r <= temp_exe_C1_w;
         temp_exe_C2_r <= temp_exe_C2_w;
         temp_exe_C3_r <= temp_exe_C3_w;
         temp_exe_D1_r <= temp_exe_D1_w;
         temp_exe_D2_r <= temp_exe_D2_w;
         temp_exe_D3_r <= temp_exe_D3_w;
         
         temp_exe_C4_r <= temp_exe_C4_w;
         temp_exe_D4_r <= temp_exe_D4_w;
         
         difference_of_nC_nT_O_r <= difference_of_nC_nT_O;
         difference_of_nC_nT_E_r <= difference_of_nC_nT_E;
         abs_difference_of_nC_nT_E_r <= abs_difference_of_nC_nT_E;
         abs_difference_of_nC_nT_O_r <= abs_difference_of_nC_nT_O;
         down_sample_r <= down_sample_w;
         Sign_difference_of_nC_nT_O_d_r <= difference_of_nC_nT_O_r[31];
         Sign_difference_of_nC_nT_E_d_r <= difference_of_nC_nT_E_r[31];
         CSA_C_r <= CSA_C_w;
         CSA_T_r <= CSA_T_w;
         CSB_T_r <= CSB_T_w;
         CSB_C_r <= CSB_C_w;
         data_write_C_B_r <= data_write_C_B_w;
         MUX_r <= MUX_w;
         abs_add_down_sample_r <= abs_add_down_sample_w; 
         
      end
         
   end   
   

endmodule